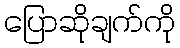
ပြောဆိုချက်ကို